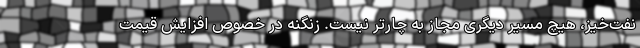
نفت‌خیز، هیچ مسیر دیگری مجاز به چارتر نیست. زنگنه در خصوص افزایش قیمت